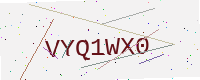
Text: VYQ1WX0